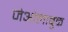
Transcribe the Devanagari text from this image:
जेओलाबुक